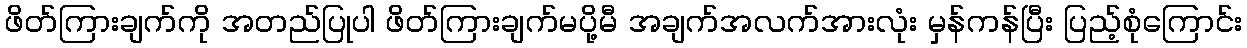
ဖိတ်ကြားချက်ကို အတည်ပြုပါ ဖိတ်ကြားချက်မပို့မီ အချက်အလက်အားလုံး မှန်ကန်ပြီး ပြည့်စုံကြောင်း